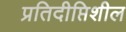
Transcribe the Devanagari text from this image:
प्रतिदीप्तिशील